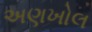
અણખોલ